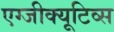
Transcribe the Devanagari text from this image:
एग्जीक्यूटिव्स